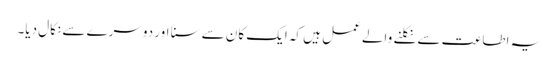
یہ اطاعت سے نکلنے والے عمل ہیں کہ ایک کان سے سنا اور دوسرے سے نکال دیا۔